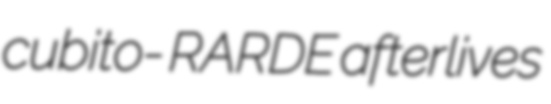
cubito- RARDE afterlives